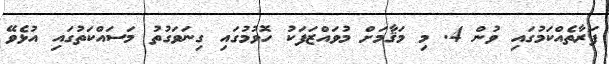
ފަރާތެއްކަމުގައި ވުން 4. މި މަޤާމަށް މުވައްޒަފަކު ހޮވުމުގައި ގިނަވަގުތު މަސައްކަތުގައި އުޅެވޭ